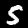
Label: 5